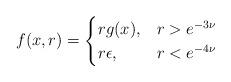
LaTeX: \begin{align*}f(x,r)= \begin{cases} r g(x),& r> e^{-3\nu}\\ r\epsilon,& r<e^{-4\nu} \end{cases}\end{align*}